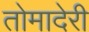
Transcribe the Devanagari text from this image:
तोमादेरी